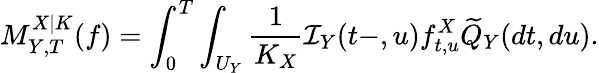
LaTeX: M_{Y,T}^{X|K}(f)=\int_{0}^{T}\int_{U_{Y}}\frac{1}{K_{X}}\mathcal{I}_{Y}(t-,u)f_{t,u}^{X}\widetilde{Q}_{Y}(dt,du).